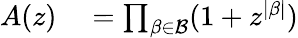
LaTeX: \begin{array}{rl}{A(z)}&{{}{}=\prod_{\beta\in{\mathcal{B}}}(1+z^{|\beta|})}\end{array}